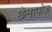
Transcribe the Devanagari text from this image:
छेनापोड